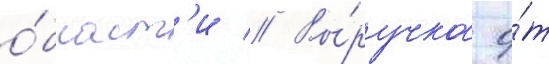
о́бласт'и // Вы́ручка о́т